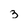
Character: 3